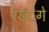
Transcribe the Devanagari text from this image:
रखंेगे